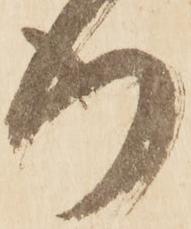
行